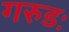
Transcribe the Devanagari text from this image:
गरुडः